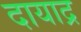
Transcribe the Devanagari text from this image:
दायाद्र